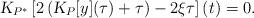
LaTeX: \begin{align*}\textsl{K}_{P^*}\left[2\left(\textsl{K}_P[y](\tau)+\tau\right)-2\xi \tau\right](t)=0.\end{align*}